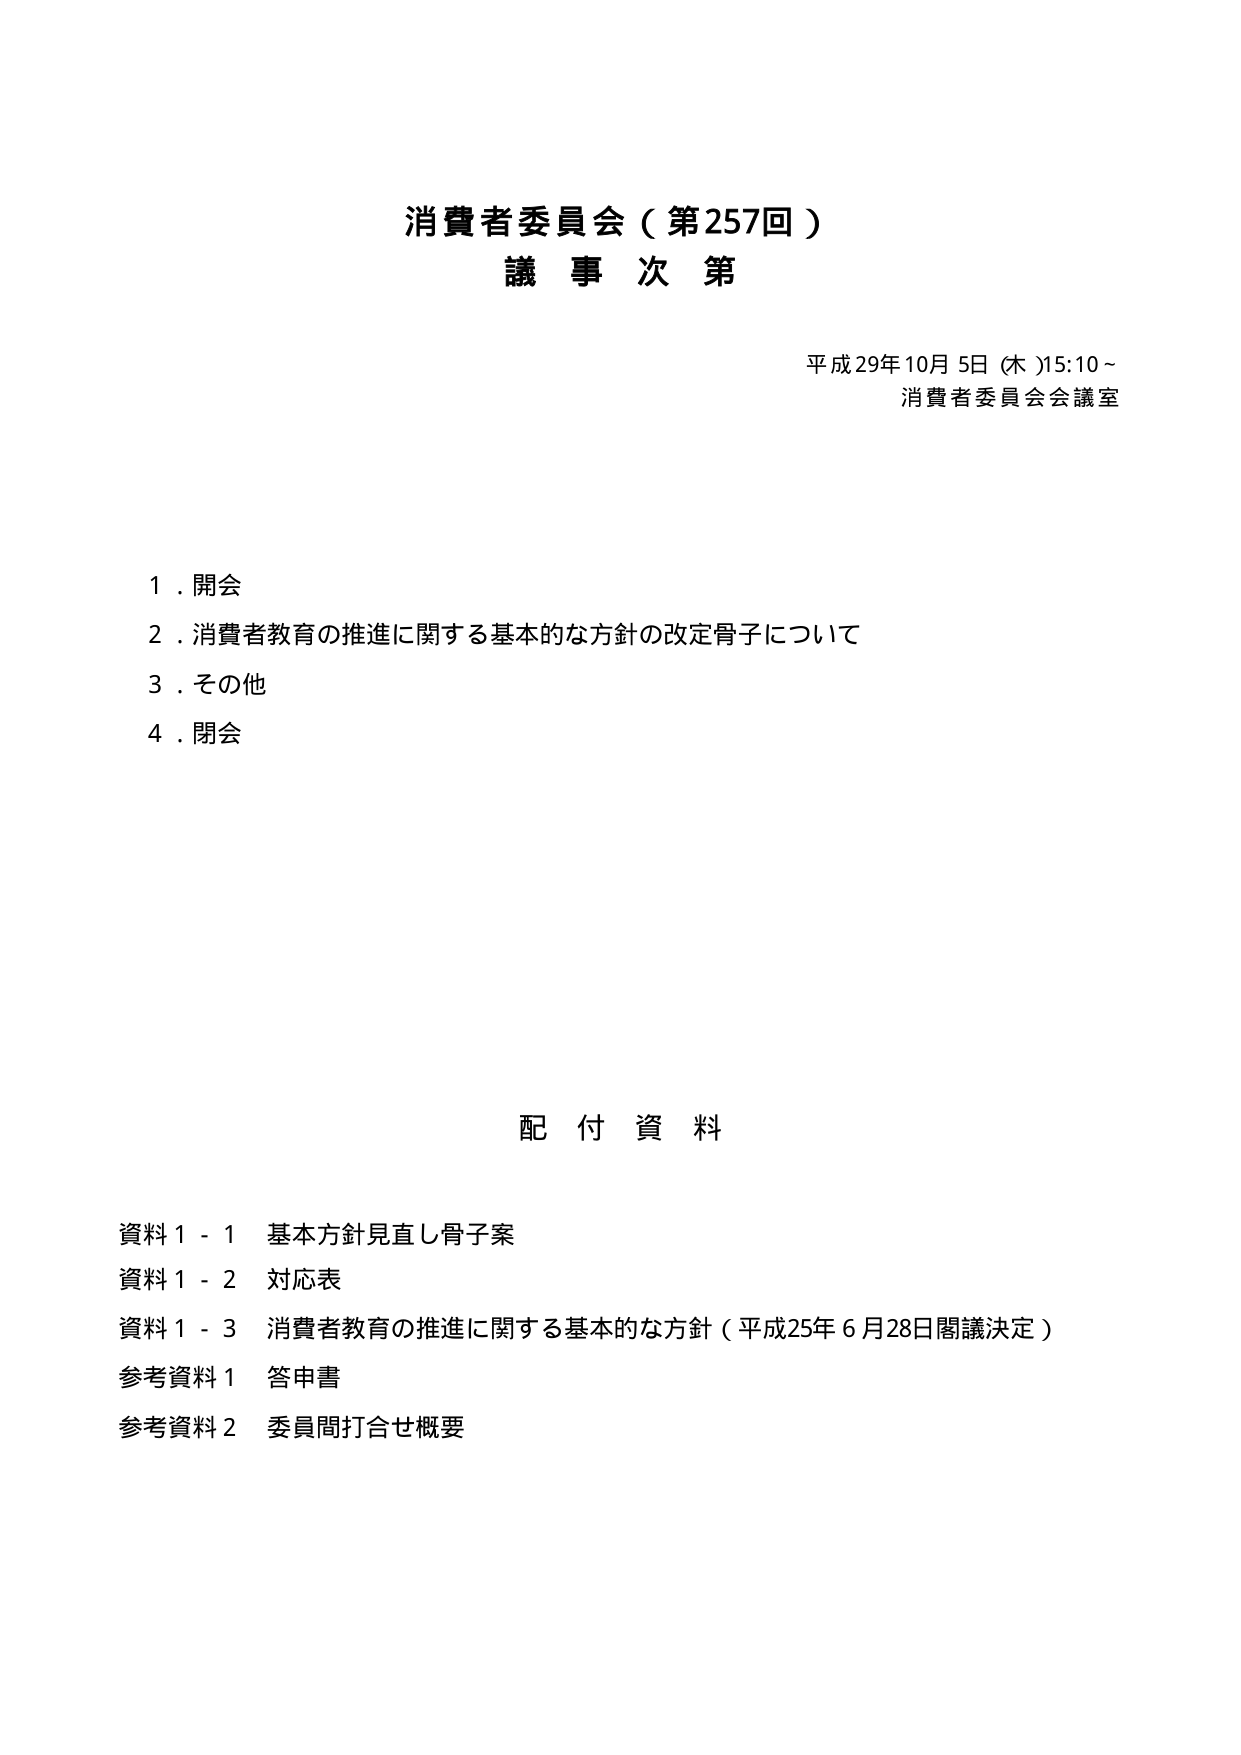
消費者委員会（第257回）
議事次第

平成29年10月5日（木）15:10～
消費者委員会会議室

1．開会
2．消費者教育の推進に関する基本的な方針の改定骨子について
3．その他
4．閉会

配付資料

資料1-1 基本方針見直し骨子案
資料1-2 対応表
資料1-3 消費者教育の推進に関する基本的な方針（平成25年6月28日閣議決定）
参考資料1 答申書
参考資料2 委員間打合せ概要